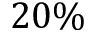
2 0 \%